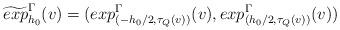
LaTeX: \begin{align*}\widetilde{exp}^{\Gamma}_{h_0}(v)=(exp^{\Gamma}_{(-h_0/2, \tau_Q(v))}(v), exp^{\Gamma}_{(h_0/2, \tau_Q(v))}(v))\end{align*}